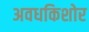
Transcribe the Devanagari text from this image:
अवधकिशोर